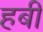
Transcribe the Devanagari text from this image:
हबी